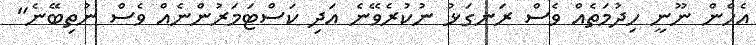
އެހެން ނޫނީ ހިދުމަތެއް ވެސް ރަނގަޅު ނުކުރެވޭނެ އަދި ކަސްޓަމަރުންނެއް ވެސް ނުތިބޭނެ"